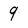
Character: 9